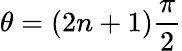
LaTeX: \theta=(2n+1)\frac{\pi}{2}